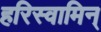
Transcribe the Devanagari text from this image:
हरिस्वामिन्